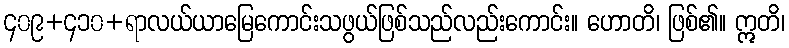
၄၀၉+၄၁၀+ရာလယ်ယာမြေကောင်းသဖွယ်ဖြစ်သည်လည်းကောင်း။ ဟောတိ၊ ဖြစ်၏။ ဣတိ၊